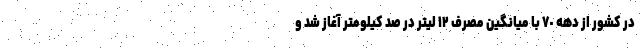
در کشور از دهه ٧٠ با میانگین مصرف ١٢ لیتر در صد کیلومتر آغاز شد و